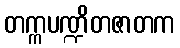
တက္ကပဏ္ဍိတဇာတက